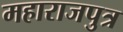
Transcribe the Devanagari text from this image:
महाराजपुत्र